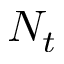
N _ { t }